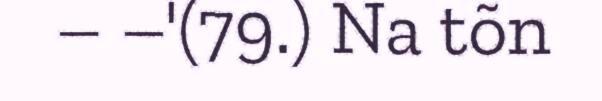
– –'(79.) Na tõn